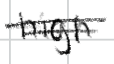
Text: high
Cross-out: double-line
Writing tool: digital_black